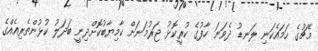
މެޗުގެ ހަމައެކަނި ލަނޑު ދެވަނަ ހާފުގެ ކުރީކޮޅު ޖަރުމަނަށް ކާމިޔާބުކޮށްދިނީ ބަދަލު ކުޅުންތެރިއެއްގެ